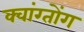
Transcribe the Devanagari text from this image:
क्वांग्तोंग